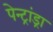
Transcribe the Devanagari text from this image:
पेन्ट्रांड्रा